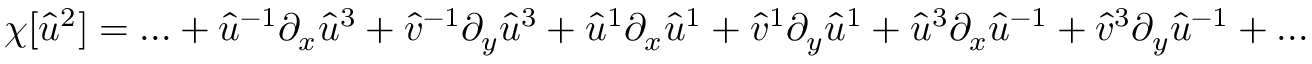
\chi [ \hat { u } ^ { 2 } ] = . . . + \hat { u } ^ { - 1 } \partial _ { x } \hat { u } ^ { 3 } + \hat { v } ^ { - 1 } \partial _ { y } \hat { u } ^ { 3 } + \hat { u } ^ { 1 } \partial _ { x } \hat { u } ^ { 1 } + \hat { v } ^ { 1 } \partial _ { y } \hat { u } ^ { 1 } + \hat { u } ^ { 3 } \partial _ { x } \hat { u } ^ { - 1 } + \hat { v } ^ { 3 } \partial _ { y } \hat { u } ^ { - 1 } + . . .